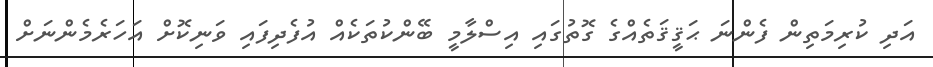
އަދި ކުރިމަތިން ފެންނަ ޙަޤީޤަތެއްގެ ގޮތުގައި އިސްލާމީ ބޭންކުތަކެއް އުފެދިފައި ވަނިކޮށް އަހަރެމެންނަށް